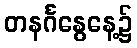
တနင်္ဂနွေနေ့၌